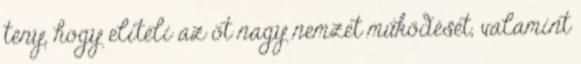
tény, hogy elítéli az öt nagy nemzet működését, valamint